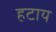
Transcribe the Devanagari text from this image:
हटाय